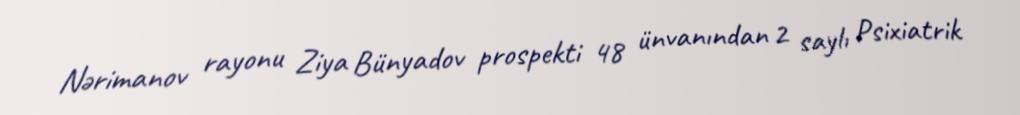
Nərimanov rayonu Ziya Bünyadov prospekti 48 ünvanından 2 saylı Psixiatrik